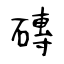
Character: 磚